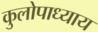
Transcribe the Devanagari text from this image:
कुलोपाध्याय